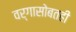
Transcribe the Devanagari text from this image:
वर्गासोबतही